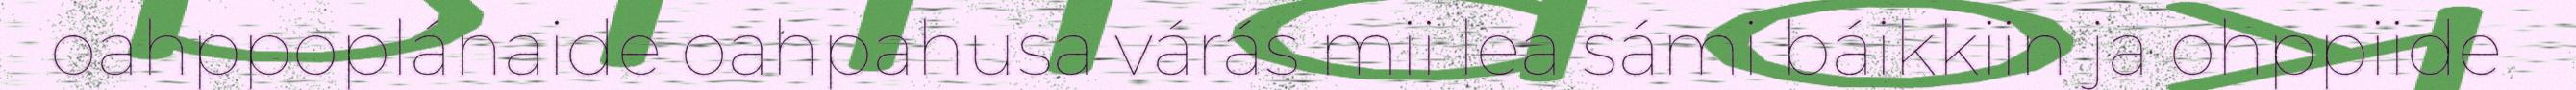
oahppoplánaide oahpahusa várás mii lea sámi báikkiin ja ohppiide